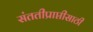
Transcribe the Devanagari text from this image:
संततीप्राप्तीसाठी